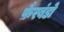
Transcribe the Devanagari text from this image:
फ़ैरबंडो